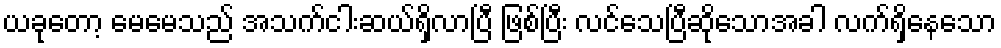
ယခုတော့ မေမေသည် အသက်ငါးဆယ်ရှိလာပြီ ဖြစ်ပြီး လင်သေပြီဆိုသောအခါ လက်ရှိနေသော